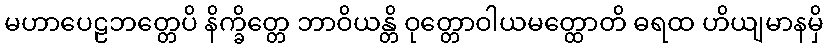
မဟာပေဠဘတ္တေပိ နိက္ခိတ္တေ ဘာဝိယန္တိ ဝုတ္တောဝါယမတ္ထောတိ ဓရထ ဟိယျမာနမှိ